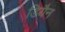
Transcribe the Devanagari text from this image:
डियैन